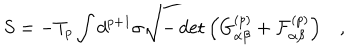
S = - T _ { p } \int d ^ { p + 1 } \sigma \sqrt { - \det \left( G _ { \alpha \beta } ^ { ( p ) } + { \cal { F } } _ { \alpha \beta } ^ { ( p ) } \right) } \quad ,